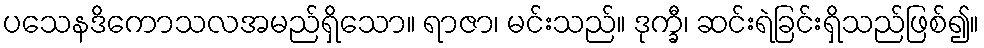
ပသေနဒိကောသလအမည်ရှိသော။ ရာဇာ၊ မင်းသည်။ ဒုက္ခီ၊ ဆင်းရဲခြင်းရှိသည်ဖြစ်၍။